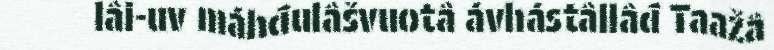
lâi-uv máhđulâšvuotâ ávhástâllâđ Taažâ